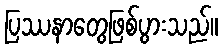
ပြဿနာတွေဖြစ်ပွားသည်။